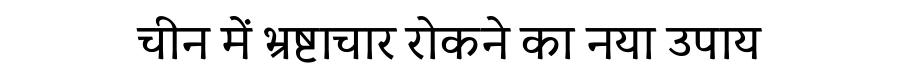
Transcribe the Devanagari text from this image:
चीन में भ्रष्टाचार रोकने का नया उपाय